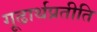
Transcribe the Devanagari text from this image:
गूढार्थप्रतीति